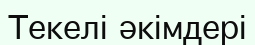
Текелі әкімдері